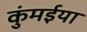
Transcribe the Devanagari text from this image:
कुंमईया